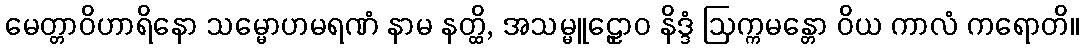
မေတ္တာဝိဟာရိနော သမ္မောဟမရဏံ နာမ နတ္ထိ, အသမ္မူဠှောဝ နိဒ္ဒံ ဩက္ကမန္တော ဝိယ ကာလံ ကရောတိ။